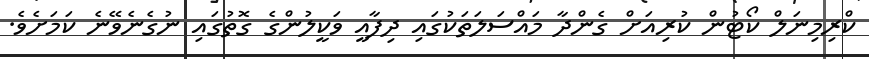
ކްރިމިނަލް ކޯޓުން ކުރިއަށް ގެންދާ މައްސަލަތަކުގައި ދިފާއީ ވަކީލުންގެ ގޮތުގައި ނުގެނެވޭނެ ކަމަށެވެ.